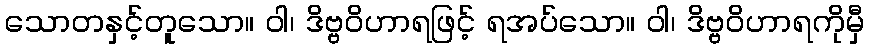
သောတနှင့်တူသော။ ဝါ၊ ဒိဗ္ဗဝိဟာရဖြင့် ရအပ်သော။ ဝါ၊ ဒိဗ္ဗဝိဟာရကိုမှီ